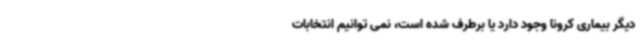
دیگر بیماری کرونا وجود دارد یا برطرف شده است، نمی توانیم انتخابات